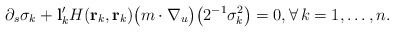
\begin{align*} \partial_s\sigma_k + \mathbf l'_kH(\mathbf r_k,\mathbf r_k)\big(m\cdot\nabla_u\big)\big(2^{-1}\sigma_k^2\big)=0, \forall\,k=1,\ldots,n.\end{align*}